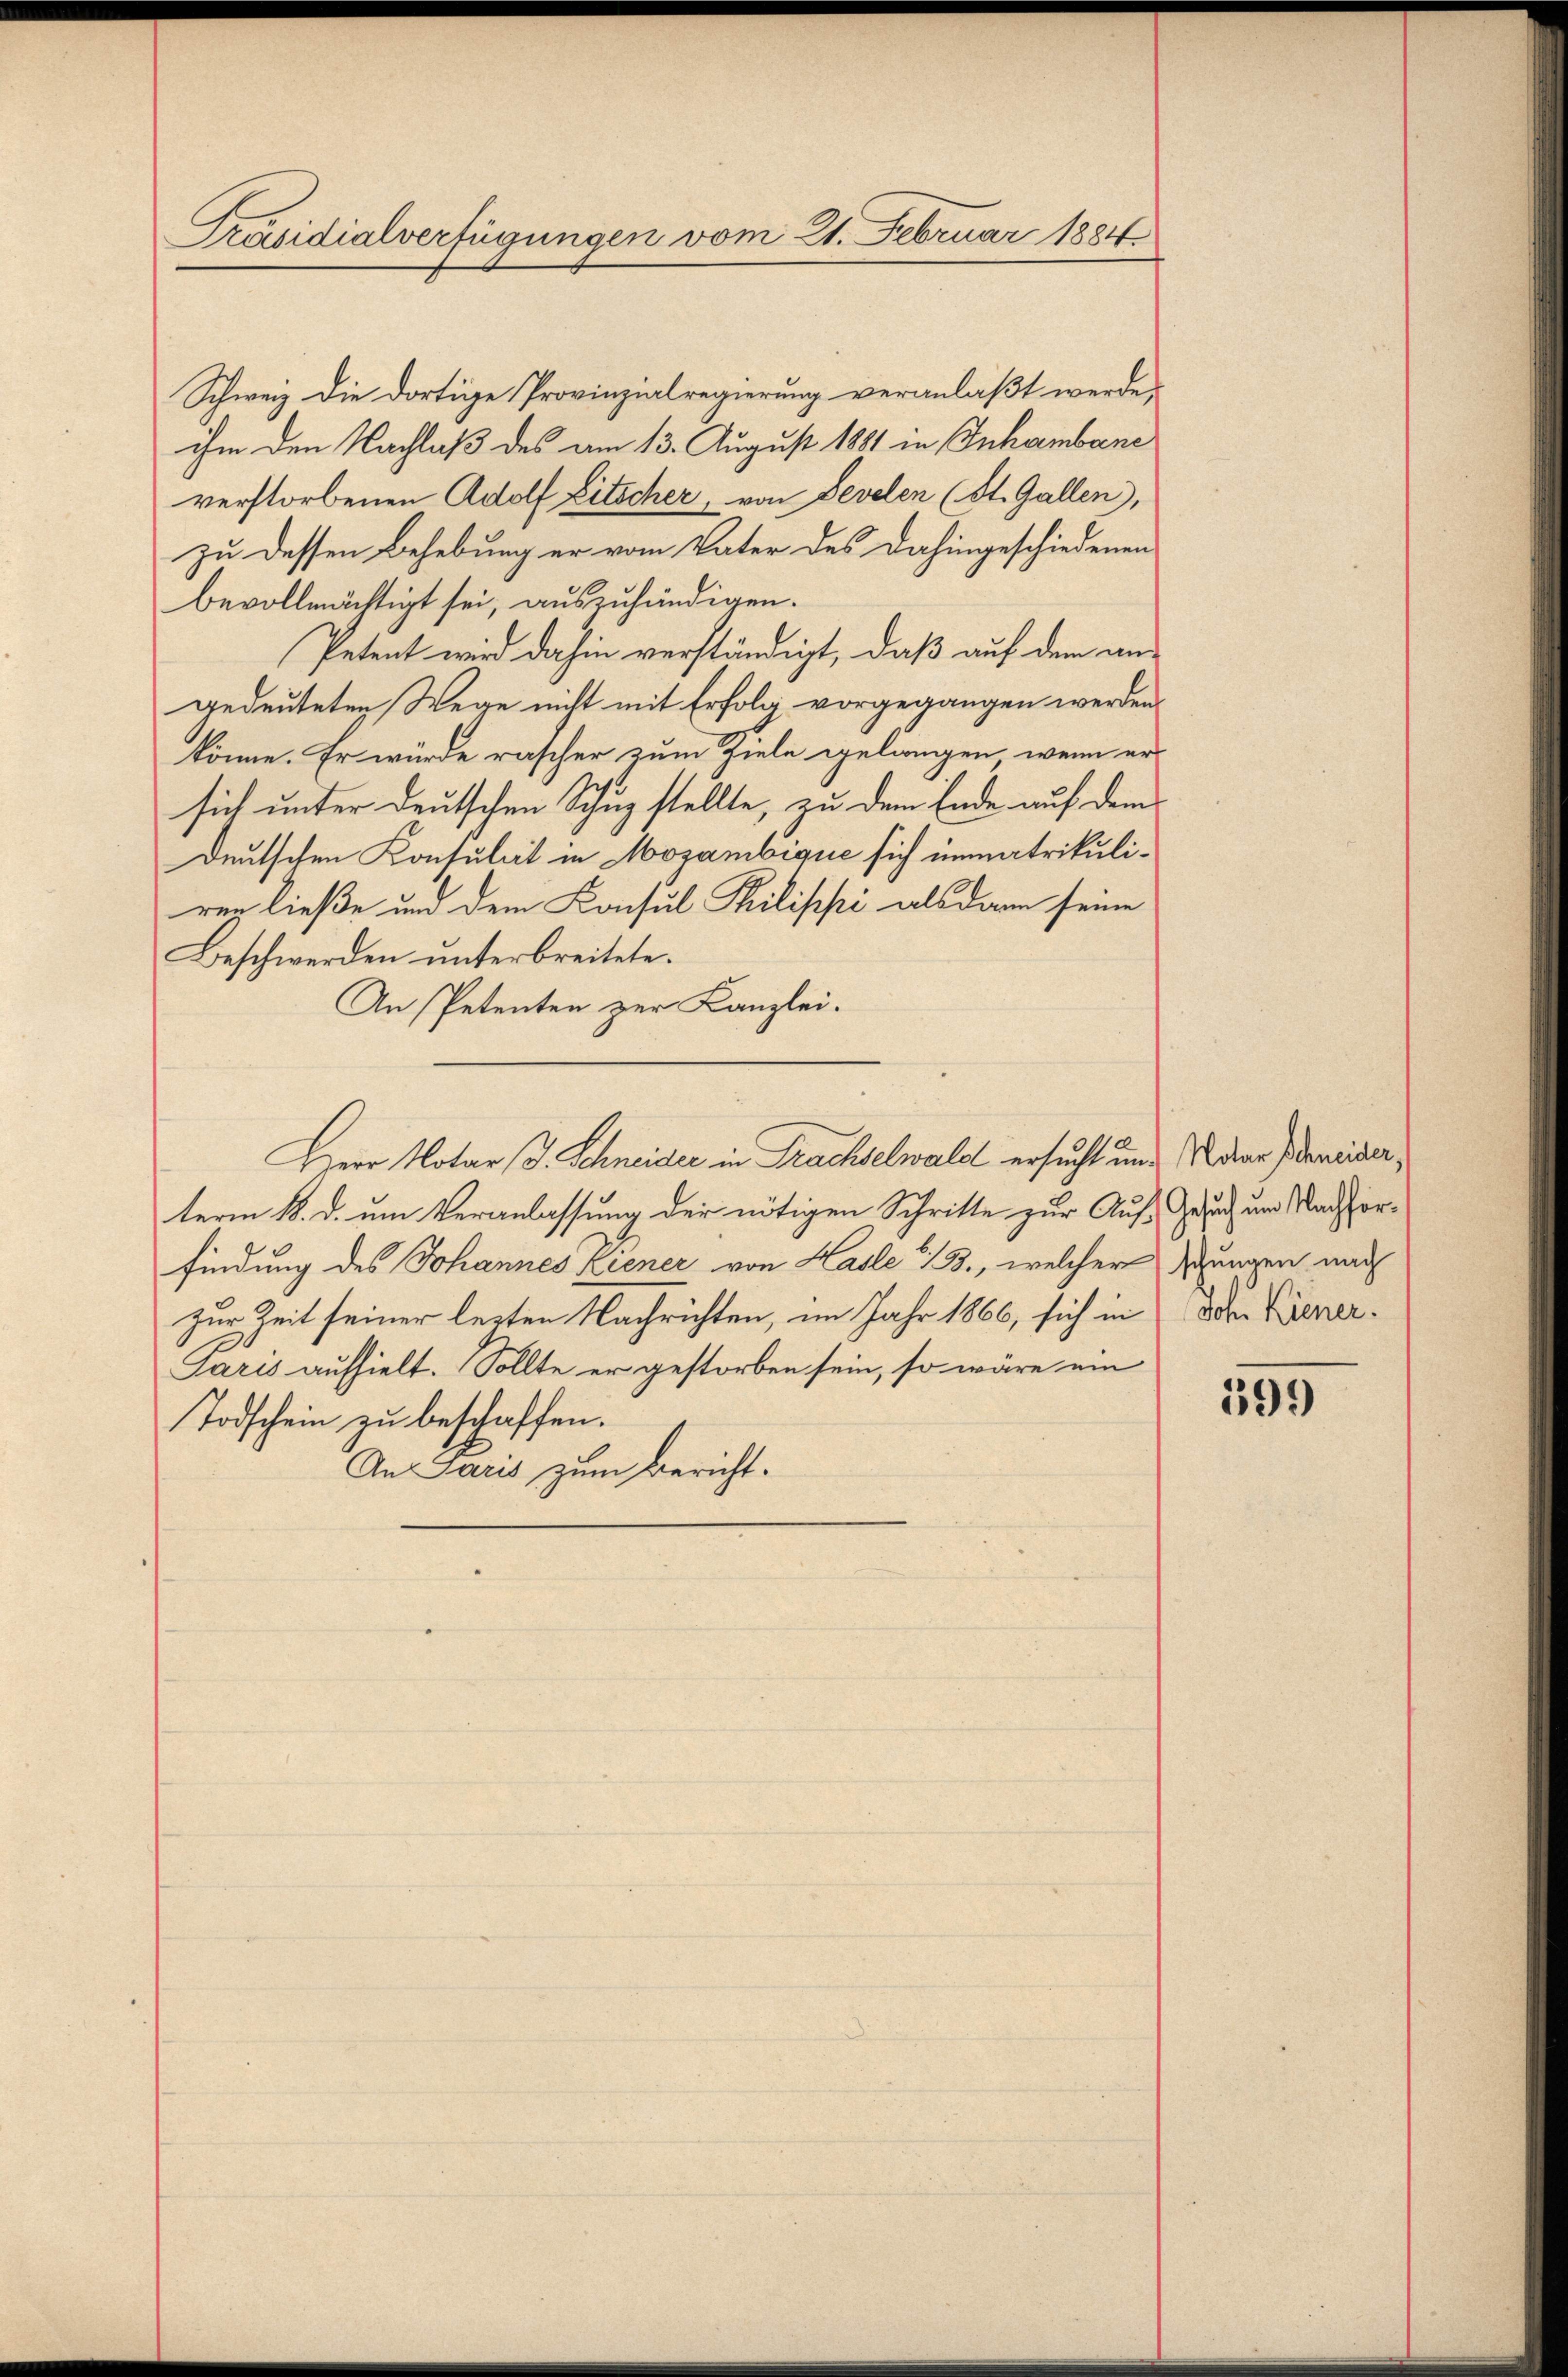
Präsidialverfügungen vom 21. Februar 1884

Schweiz die dortige Provinzialregierung veranlaßt werde,
ihm den Nachlaß des am 13. August 1881 in Inhambane
verstorbenen Adolf Litscher, von Develen (St. Gallen),
zu dessen Behebung er vom Vater des dahingeschiedenen
bevollmächtigt sei, auszuhändigen.
Petent wird dahin verständigt, daß auf dem angedeuteten Wege nicht mit Erfolg vorgegangen werden.
könne. Er würde rascher zum Ziele gelangen, wenn er
sich unter deutschen Schuz stellte, zu dem Ende auf dem
deutschen Konsulat in Mozambique sich unmatrikuliren ließe und dem Konsul Philippi als dann seine
Beschwerden unterbreitete.
An Petenten zur Kanzlei-
Herr Notar J. Schneider in Prachselwald ersucht und Vater deneiderterm 18. d. um Veranlassung der nötigen Schritte zur Auf Gesuch um Nachforfindung des Johannes Kiener von Hasle 1 3., welcher ungen nach
Zur Zeit seiner lezten Nachrichten, im Jahr 1866, sich in oder Gener¬
Paris aufhielt. Sollte er gestorben sein, so wäre ein
Todschein zu beschaffen.
An Paris zum Bericht.

599